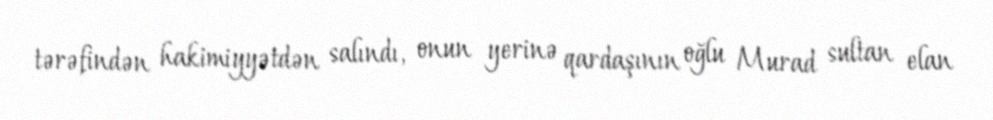
tərəfindən hakimiyyətdən salındı, onun yerinə qardaşının oğlu Murad sultan elan